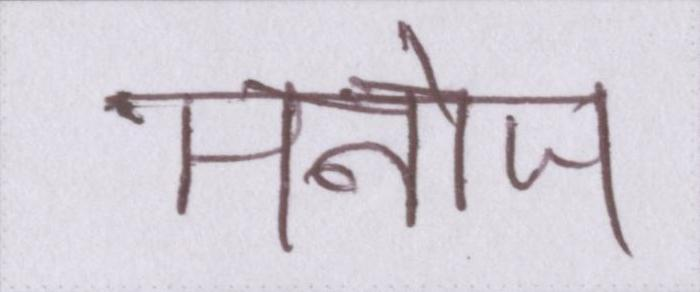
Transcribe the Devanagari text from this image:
मनोज